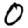
Digit: 0